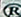
R